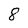
Character: 8